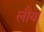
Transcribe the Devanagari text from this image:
लौया